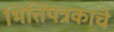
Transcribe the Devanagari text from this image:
भित्तिपत्रकांचे